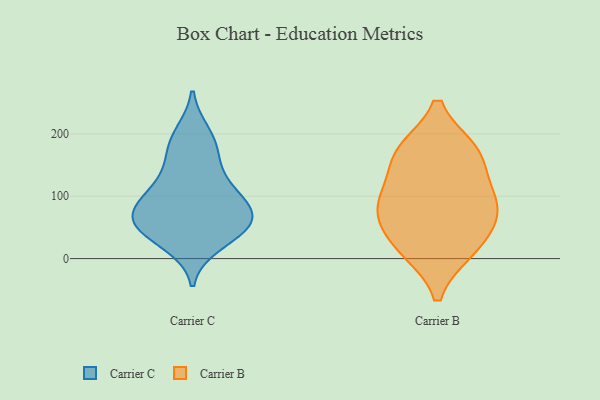
{"axis": {"x": "Satisfaction Score", "y": "Value"}, "legend": ["Carrier B", "Carrier C"], "data": [{"x": "", "y": 199, "type": "Carrier C"}, {"x": "", "y": 61, "type": "Carrier C"}, {"x": "", "y": 92, "type": "Carrier C"}, {"x": "", "y": 25, "type": "Carrier C"}, {"x": "", "y": 56, "type": "Carrier C"}, {"x": "", "y": 182, "type": "Carrier C"}, {"x": "", "y": 119, "type": "Carrier C"}, {"x": "", "y": 110, "type": "Carrier C"}, {"x": "", "y": 55, "type": "Carrier C"}, {"x": "", "y": 66, "type": "Carrier C"}, {"x": "", "y": 159, "type": "Carrier C"}, {"x": "", "y": 42, "type": "Carrier C"}, {"x": "", "y": 81, "type": "Carrier C"}, {"x": "", "y": 112, "type": "Carrier B"}, {"x": "", "y": 172, "type": "Carrier B"}, {"x": "", "y": 14, "type": "Carrier B"}, {"x": "", "y": 172, "type": "Carrier B"}, {"x": "", "y": 90, "type": "Carrier B"}, {"x": "", "y": 82, "type": "Carrier B"}, {"x": "", "y": 77, "type": "Carrier B"}, {"x": "", "y": 14, "type": "Carrier B"}, {"x": "", "y": 166, "type": "Carrier B"}, {"x": "", "y": 47, "type": "Carrier B"}]}